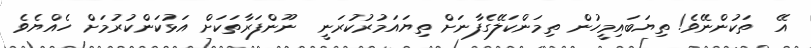
އޭ  ތަކުންނޭވެ! ތިޔަބައިމީހުން ތިމަންކަލޭގެފާނަށް ތިޔައަމުރުކުރަނީ  ނޫންފަރާތަކަށް އަޅުކަންކުރުމަށް ހެއްޔެވެ